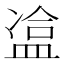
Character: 𥁿